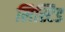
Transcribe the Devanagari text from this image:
लिस्टिड